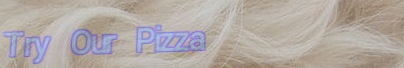
Try Our Pizza